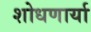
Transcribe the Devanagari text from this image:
शोधणार्या